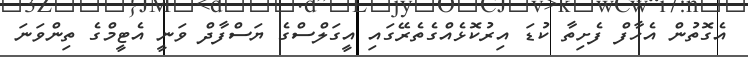
އެގޮތުން އެހާފް ފެށިތާ ކުޑަ އިރުކޮޅެއްގެތެރޭގައި އީގަލްސްގެ ޔަސްފާދް ވަނީ އެޓީމްގެ ތިންވަނަ